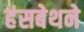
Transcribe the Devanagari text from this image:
हंसबेथने